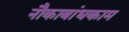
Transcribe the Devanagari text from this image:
नौकाबांधकाम